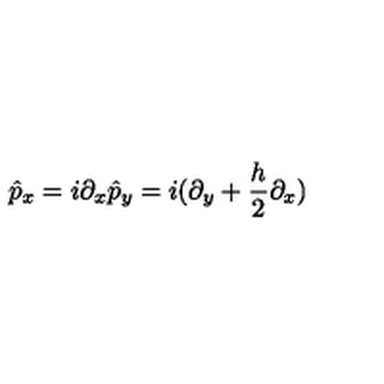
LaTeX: \hat { p } _ { x } = i \partial _ { x } \hat { p } _ { y } = i ( \partial _ { y } + { \frac { h } { 2 } } \partial _ { x } )